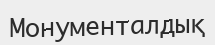
Монументалдық